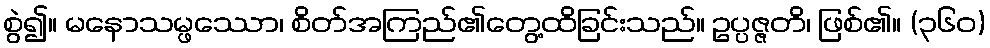
စွဲ၍။ မနောသမ္ဖဿော၊ စိတ်အကြည်၏တွေ့ထိခြင်းသည်။ ဥပ္ပဇ္ဇတိ၊ ဖြစ်၏။ (၃၆၀)